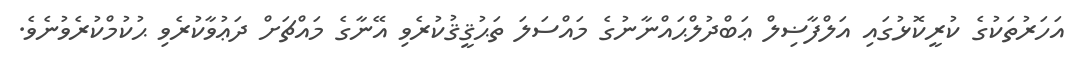
އަހަރުތަކުގެ ކުރީކޮޅުގައި އަލްފާޟިލް ޢަބްދުލްޙައްނާނުގެ މައްސަލަ ތަޙުޤީޤުކުރެވި އޭނާގެ މައްޗަށް ދަޢުވާކުރެވި ޙުކުމްކުރެވުނެވެ.